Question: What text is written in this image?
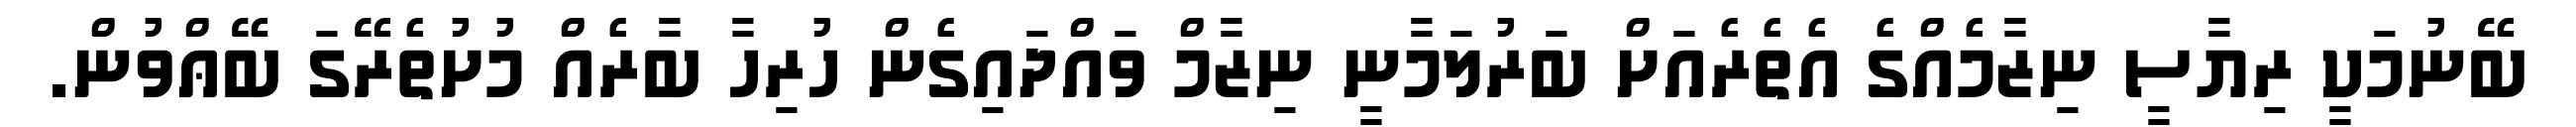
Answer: ބޭނުމަކީ ރިޔާސީ ނިޒާމެއްގެ އެތެރެއަށް ބަރުލަމާނީ ނިޒާމް ވައްދައިގެން ހުރިހާ ބާރެއް މުށުތެރޭގަ ބޭޢްވުން.